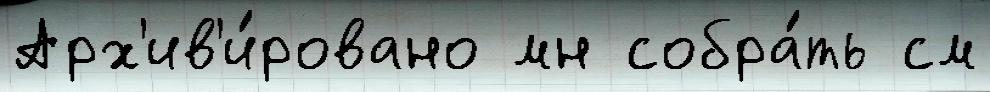
Арх'ив'и́ровано мн собра́ть см